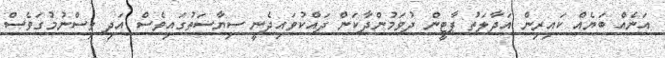
އަނެއް ބަޔެއް ކައިރިން އަދާލަތު ޕާޓީން ދުވަމުންދާކަން ދައްކުވައިދެނީ ސިޔާސަތުގައިވެސް އަދި ވިސްނުމުގަވެސް